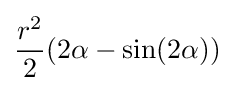
{\frac {r^{2}}{2}}(2\alpha -\sin(2\alpha ))